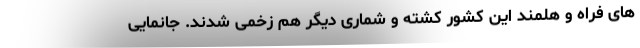
های فراه و هلمند این کشور کشته و شماری دیگر هم زخمی شدند. جانمایی